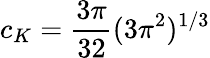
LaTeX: c_{K}=\frac{3\pi}{32}(3\pi^{2})^{1/3}